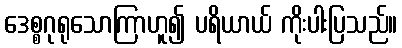
ဒေစ္စဂုရုသောကြာဟူ၍ ပရိယာယ် ကိုးပါးပြသည်။